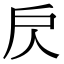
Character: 𢨨